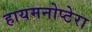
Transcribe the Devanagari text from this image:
हायमनोप्टेरा